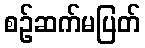
စဉ်ဆက်မပြတ်